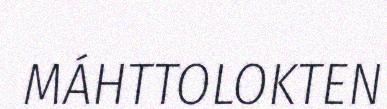
MÁHTTOLOKTEN